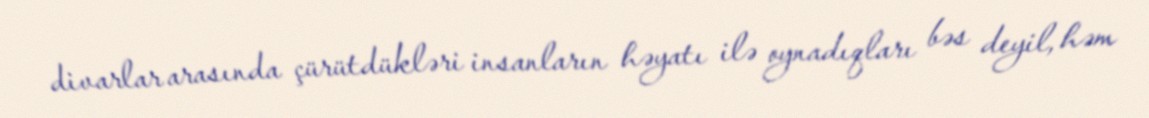
divarlar arasında çürütdükləri insanların həyatı ilə oynadıqları bəs deyil, həm